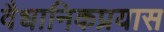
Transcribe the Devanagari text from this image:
वैधानिकप्रयास